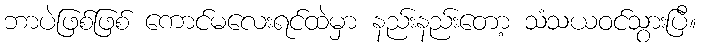
ဘာပဲဖြစ်ဖြစ် ကောင်မလေးရင်ထဲမှာ နည်းနည်းတော့ သံသယဝင်သွားပြီ။